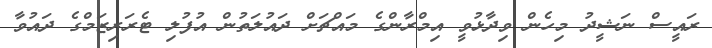
ރައީސް ނަޝީދު މިހެން ވިދާޅުވީ އިމްރާންގެ މައްޗަށް ދައުލަތުން އުފުލި ޓެރަރިޒަމްގެ ދައުވާ